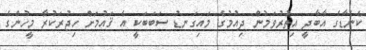
ކެނެޑާގެ އާބާދީ އިތުރުވަމުން ދިއުމުގެ މައިގަނޑު ސަބަބަކީ އެ ޤައުމަށް ހިޖުރަކުރާ މީހުންގެ